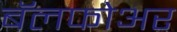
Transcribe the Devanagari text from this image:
बॅलफोअर